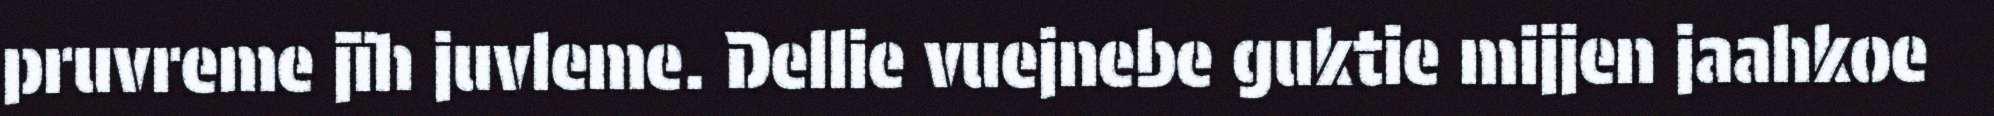
pruvreme jïh juvleme. Dellie vuejnebe guktie mijjen jaahkoe